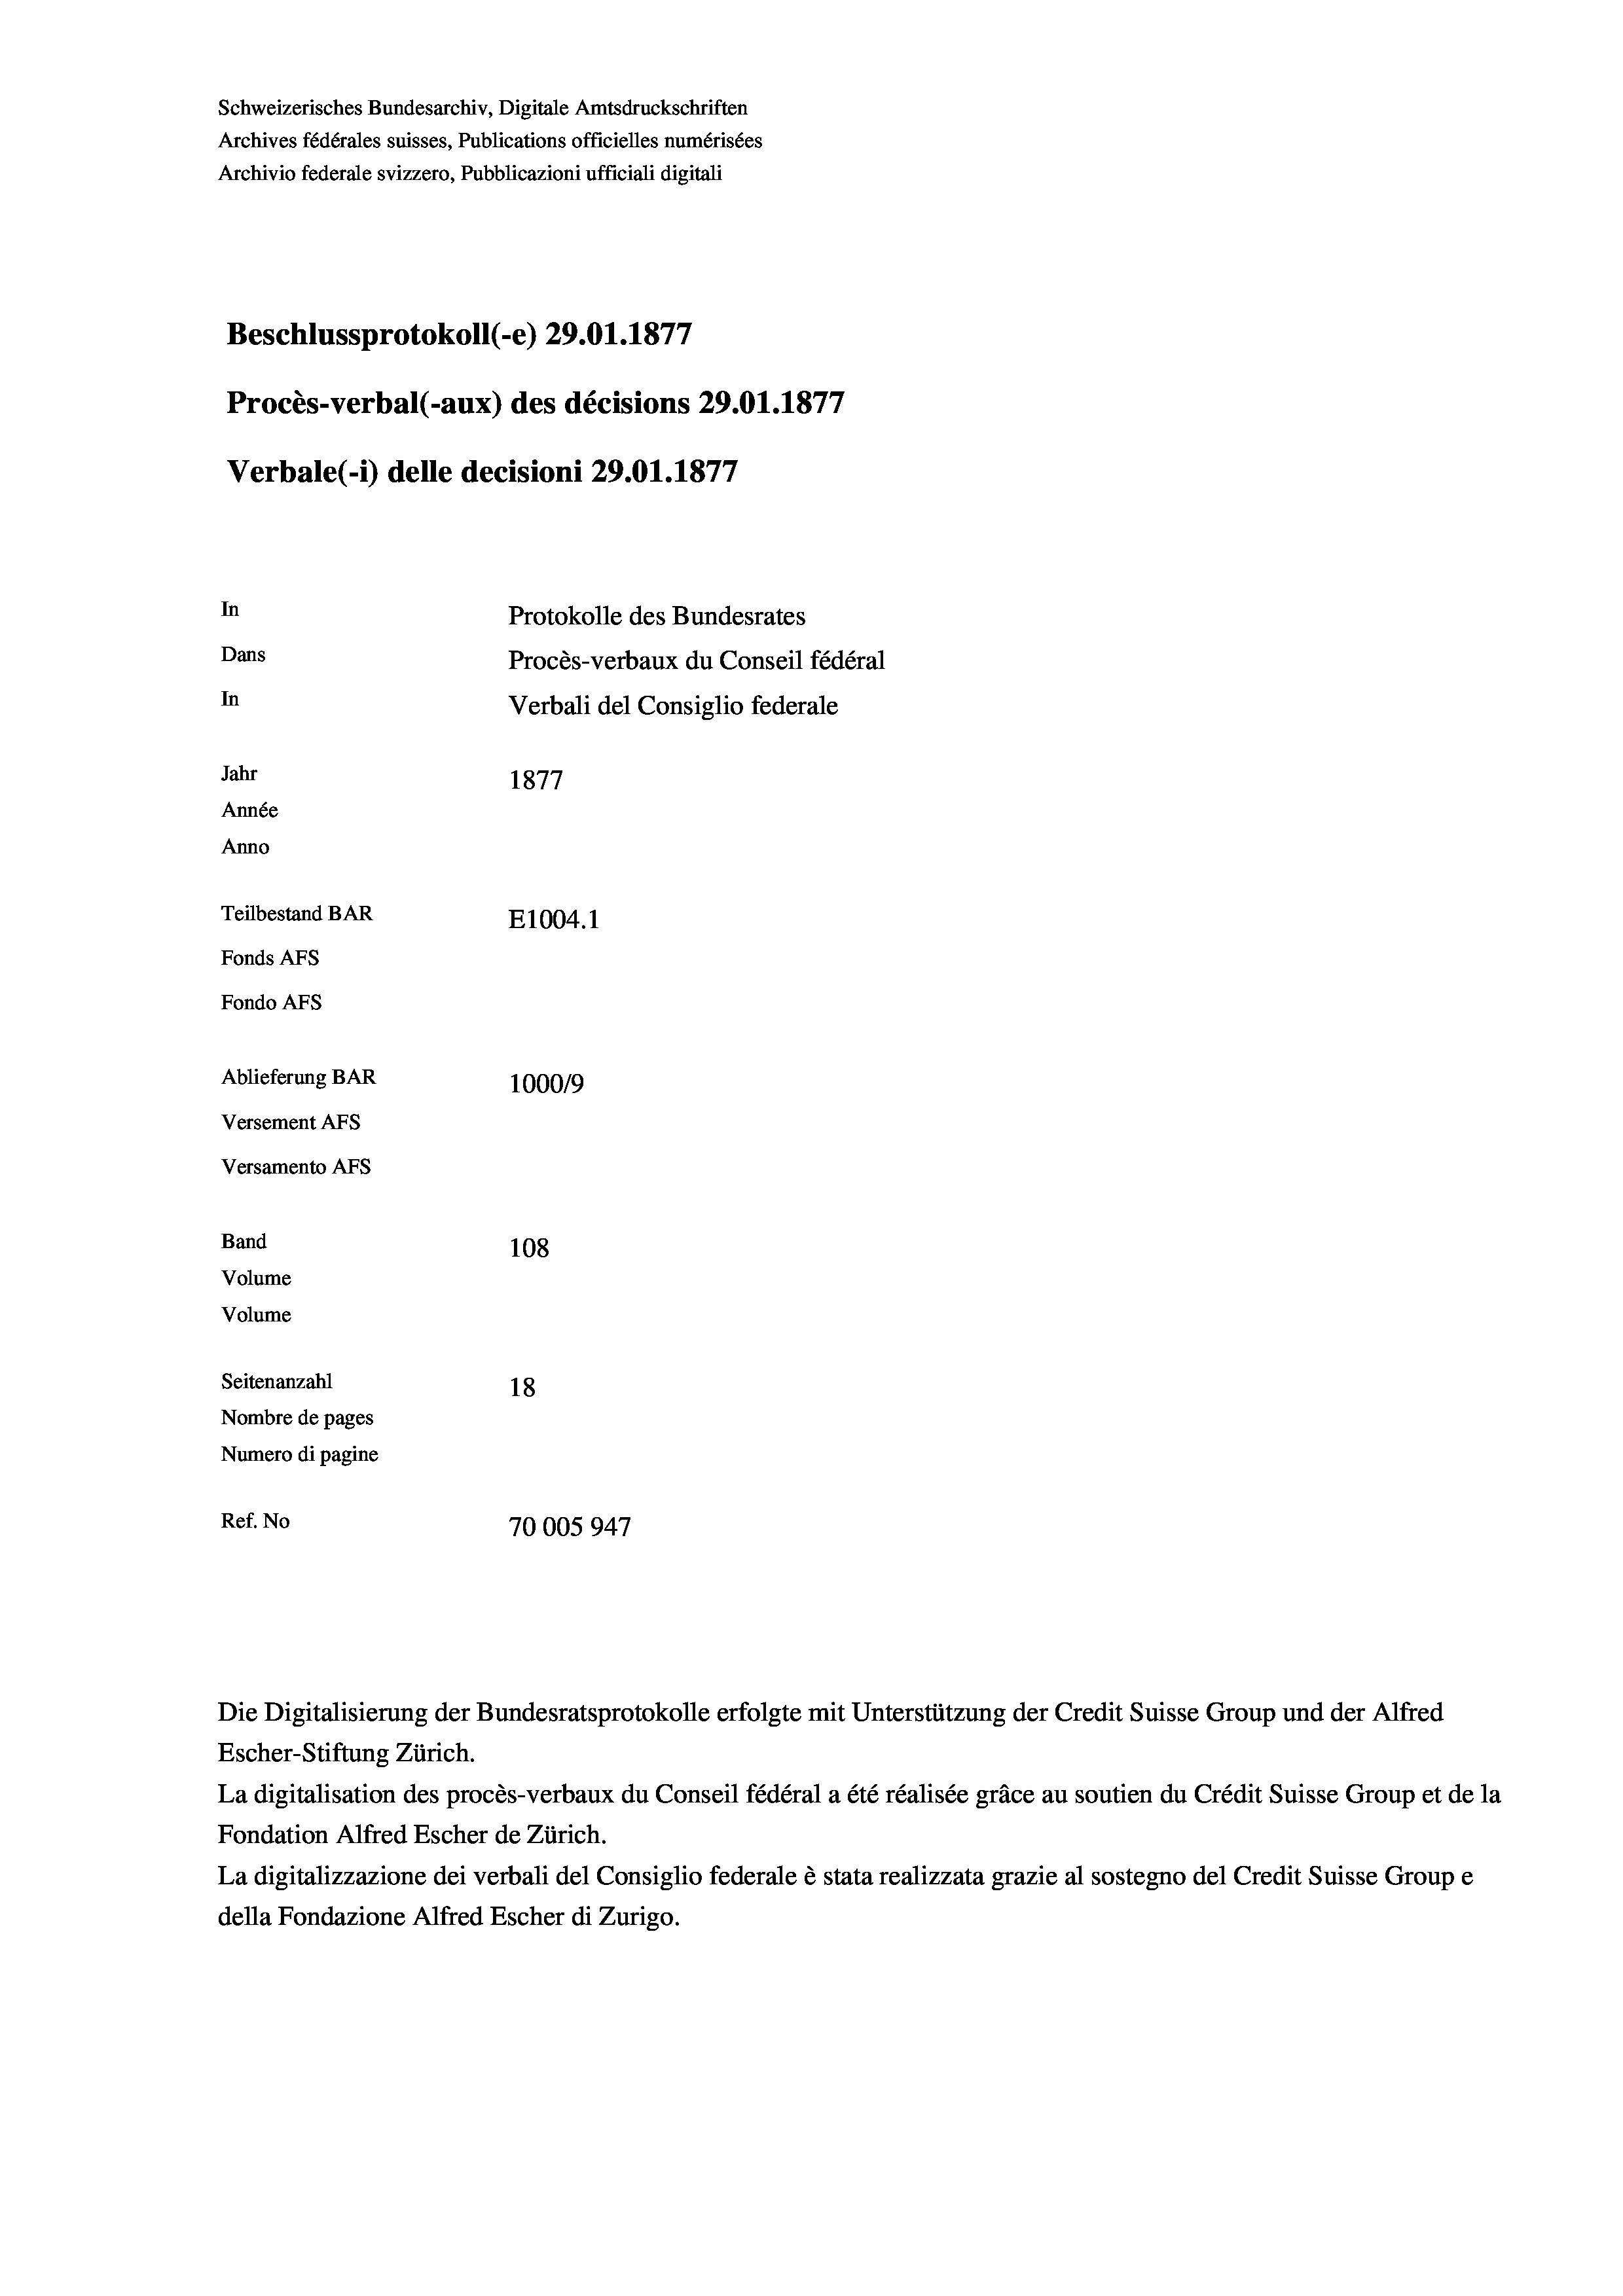
Schweizerisches Bundesarchiv, Digitale Amtsdruckschriften
Archives fédérales suisses, Publications officielles numérisées
Archivio federale svizzero, Pubblicazioni ufficiali digitali
Beschlussprotokoll (-e) 29.01. 1877
Procès-verbal (-aux) des décisions 29.01.1877
Verbale (1) delle decisioni 29.01. 1877
In
Protokolle des Bundesrates
Dans
Procès-verbaux du Conseil fédéral
In
Verbali del Consiglio federale
Jahr
1877
Année
Anno
Teilbestand BAR
E1004. 1
Fonds AEs
Fondo AFs
Ablieferung BAR
100019
Versement AFS
Versamento AFS

108
Seitenanzahl
18
Nombre de pages
Numero di pagine
Ref. No
70005947

Band
Volume
Volume

Escher-Stiftung Zürich.
La digitalisation des procès-verbaux du Conseil fédéral a été réalisée gräce au soutien du Crédit Suisse Group et de la
Fondation Alfred Escher de Zürich.
La digitalizzazione dei verbali del Consiglio federale è stata realizzata grazie al sostegno del Credit Suisse Groupe
della Fondazione Alfred Escher di Zurigo.

Die Digitalisierung der Bundesratsprotokolle erfolgte mit Unterstützung der Credit Suisse Group und der Alfred